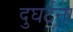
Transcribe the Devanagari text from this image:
दुघर्टना